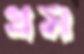
গ্রস